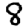
Digit: 8